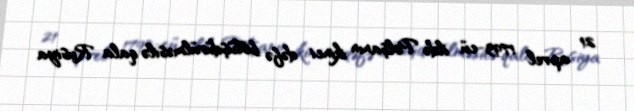
21 aprel 1793-cü ildə Polşanın ikinci dəfə bölüşdürülməsilə qala Rusiya